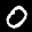
Label: 0